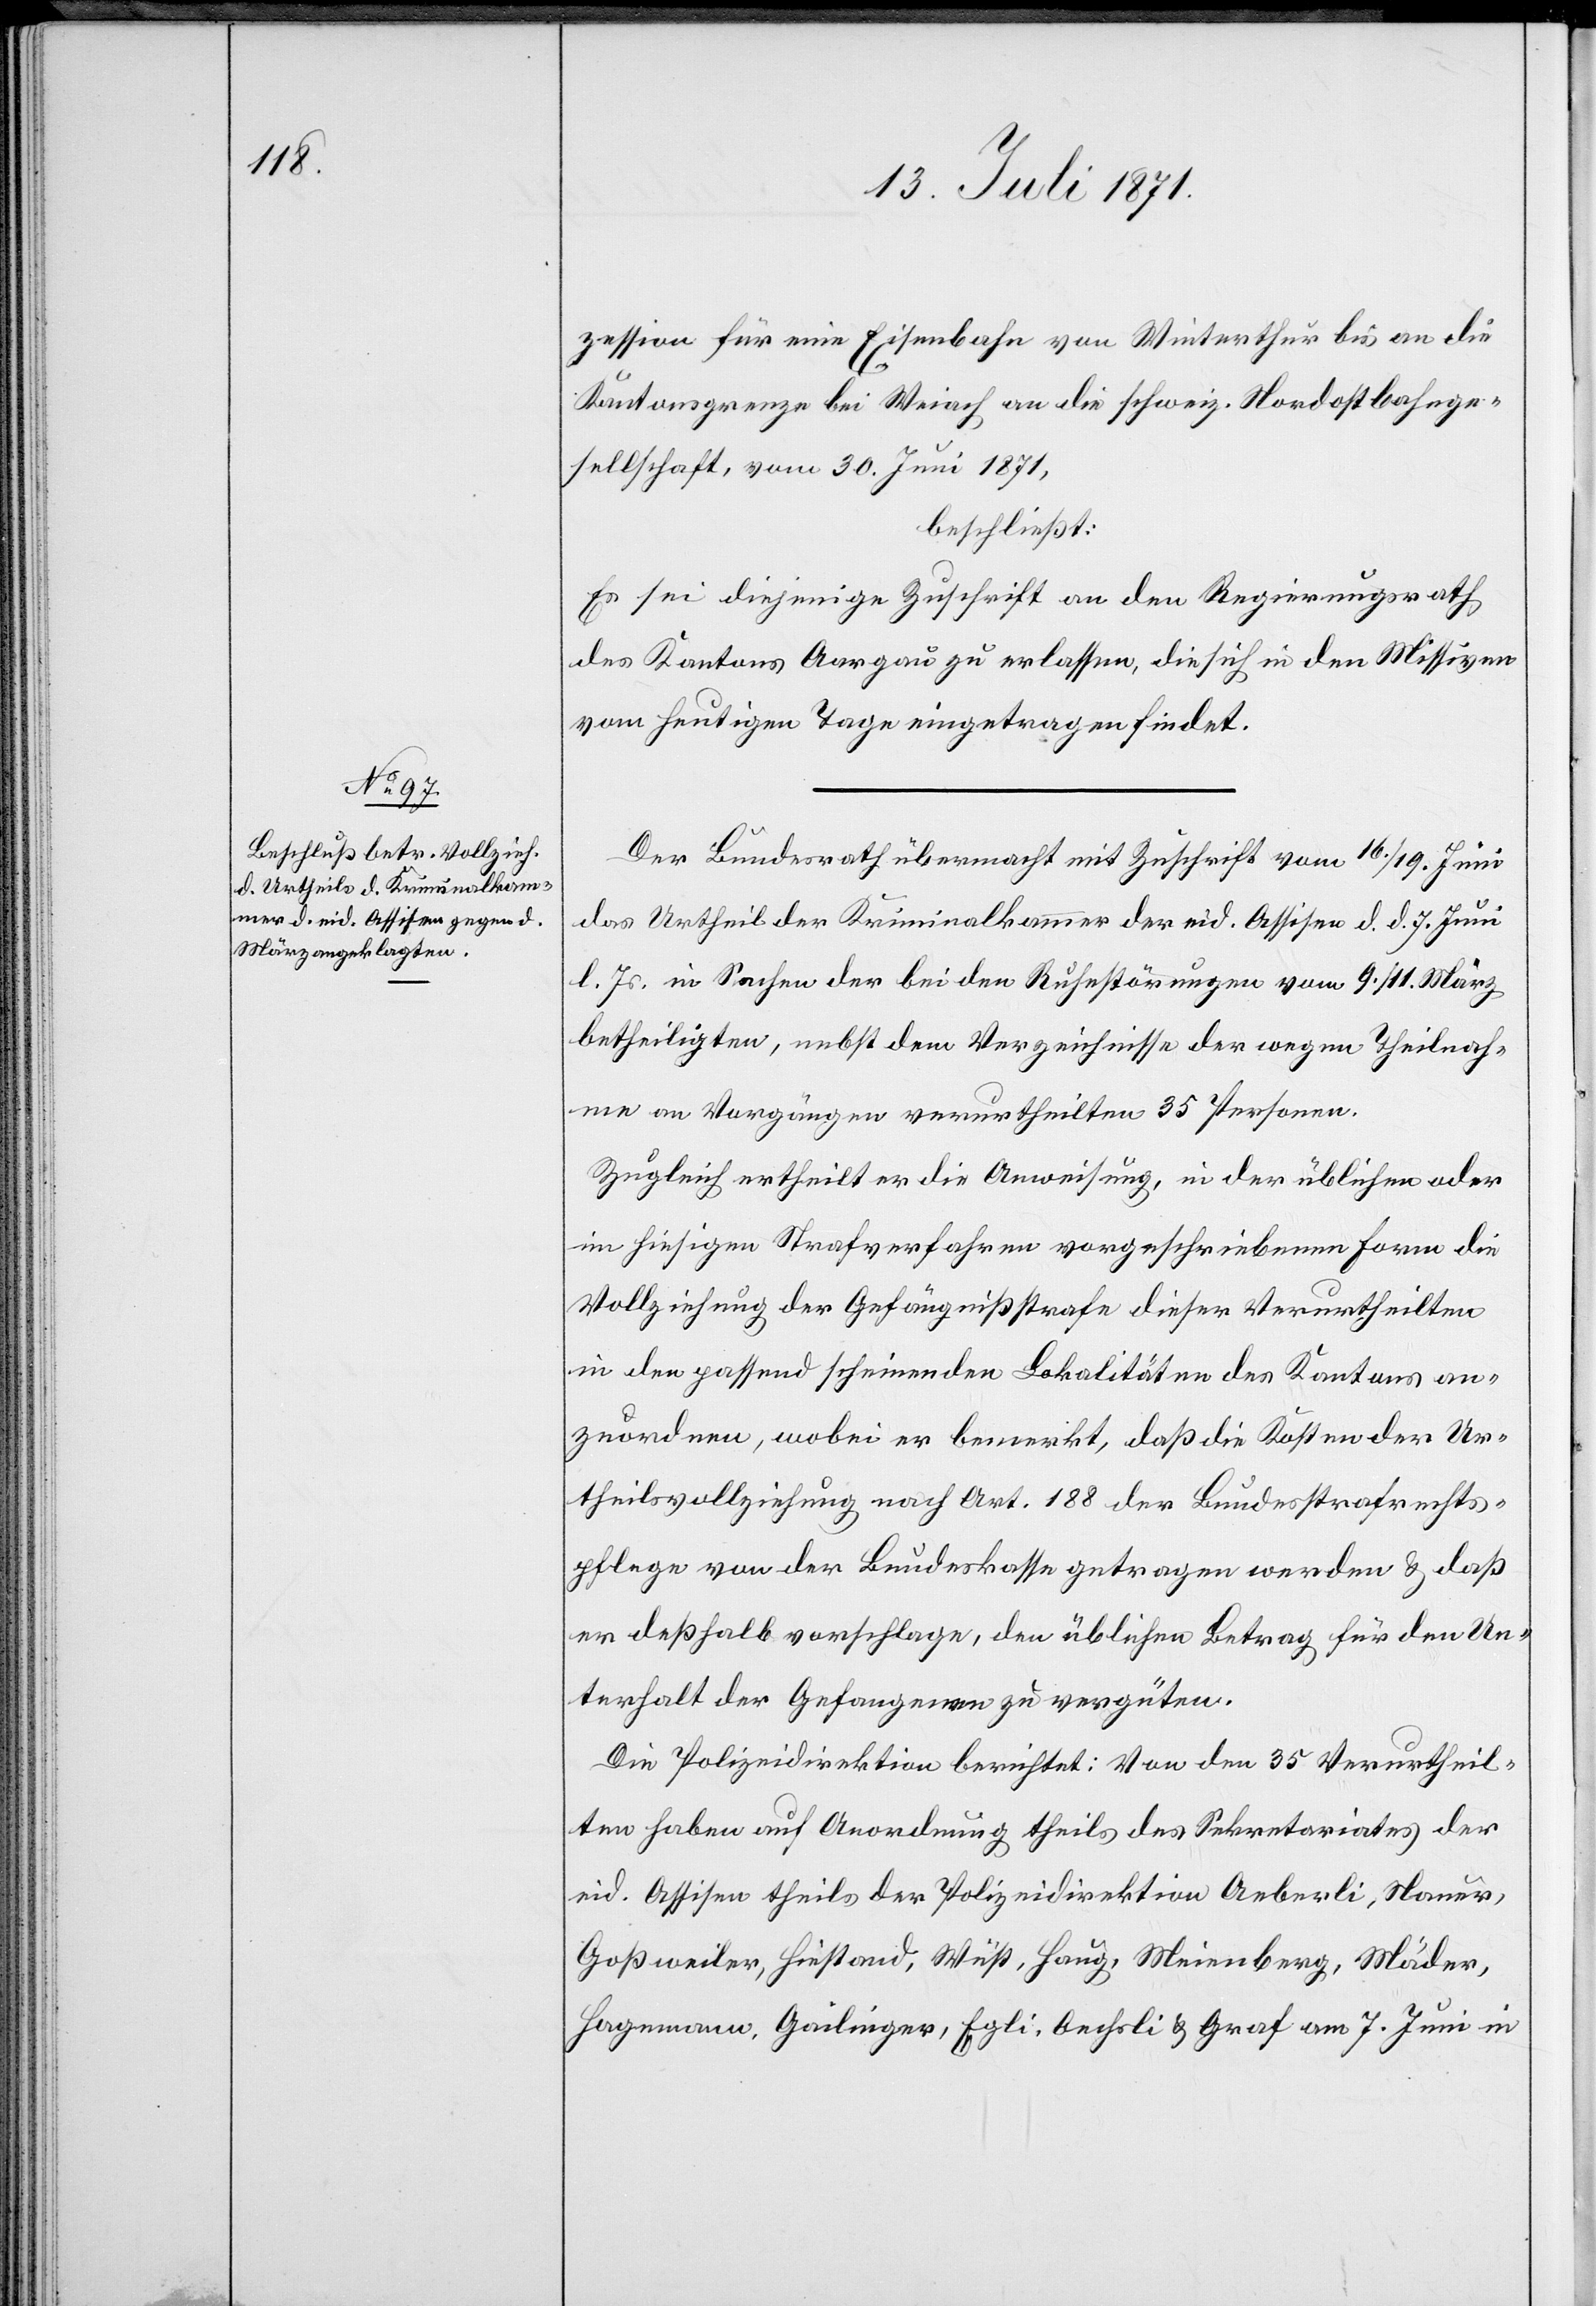
zession für eine Eisenbahn von Winterthur bis an die
Kantonsgrenze bei Weiach an die schweiz. Nordostbahnge¬
sellschaft, vom 30. Juni 1871,
beschließt:
Es sei diejenige Zuschrift an den Regierungsrath
des Kantons Aargau zu erlassen, die sich in den Missiven
vom heutigen Tage eingetragen findet.
Der Bundesrath übermacht mit Zuschrift vom 16./19. Juni
das Urtheil der Kriminalkammer der eid. Assisen d. d. 7. Juni
l. Js. in Sachen der bei den Ruhestörungen vom 9./11. März
betheiligten, nebst dem Verzeichnisse der wegen Theilnah¬
me an Vorgängen verurtheilten 35 Personen.
Zugleich ertheilt er die Anweisung, in der üblichen oder
im hiesigen Strafverfahren vorgeschriebenen Form die
Vollziehung der Gefängnißstrafe dieser Verurtheilten
in den passend scheinenden Lokalitäten des Kantons an¬
zuordnen, wobei er bemerkt, daß die Kosten der Ur¬
theilsvollziehung nach Art. 188 der Bundesstrafrechts¬
pflege von der Bundeskasse getragen werden u. daß
er deßhalb vorschlage, den üblichen Betrag für den Un¬
terhalt der Gefangenen zu vergüten.
Die Polizeidirektion berichtet: Von den 35 Verurtheil¬
ten haben auf Anordnung theils des Sekretariates der
eid. Assisen theils der Polizeidirektion Aeberli, Mauer,
Goßweiler, Hiestand, Wüst, Haug, Meienberg, Mäder,
Hagemann, Gailinger, Egli, Oechsli u. Graf am 7. Juni in